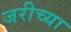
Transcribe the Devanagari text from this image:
जरीच्या